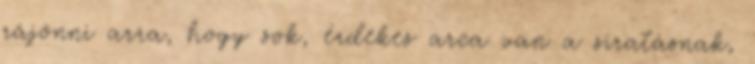
rájönni arra, hogy sok, érdekes arca van a siratásnak,